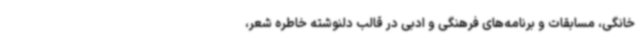
خانگی، مسابقات و برنامه‌های فرهنگی و ادبی در قالب دلنوشته خاطره شعر،